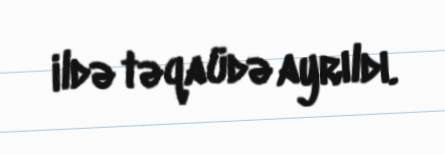
ildə təqaüdə ayrıldı.